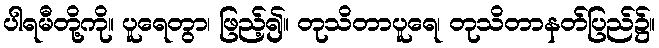
ပါရမီတို့ကို။ ပူရေတွာ၊ ဖြည့်၍။ တုသိတာပူရေ၊ တုသိတာနတ်ပြည်၌။